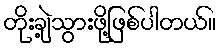
တိုးချဲ့သွားဖို့ဖြစ်ပါတယ်။